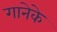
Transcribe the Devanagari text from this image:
गानेके